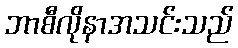
ဘာစီလိုနာအသင်းသည်